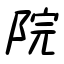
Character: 院